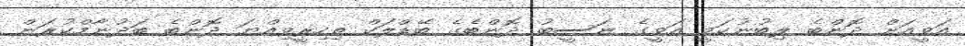
އަވީއަށް ދޮންބެ ލިބުނުކަމީ އަވީގެ ނަސީބު ދޮންބެގެ ބޭޑްލަކް ތިހިރީވިއްޔަ ދޮންބެ ބަދުނާމްކުރަން